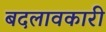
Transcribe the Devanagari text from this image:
बदलावकारी